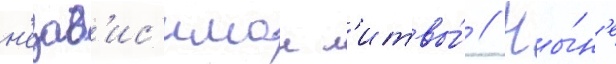
н'езав'ис'имои л'итвы́ // Ны́н'е